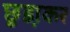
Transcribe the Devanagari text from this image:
छुडा़कर